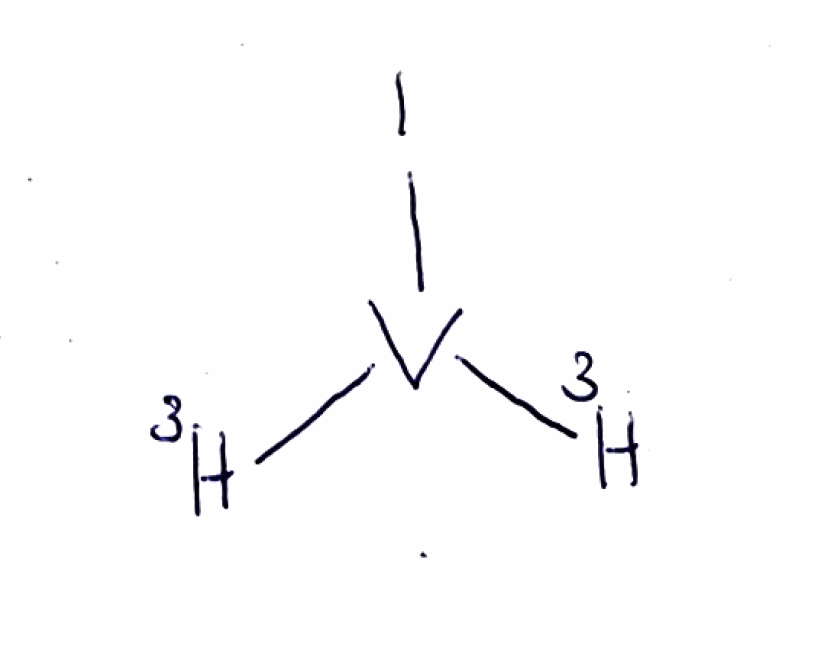
Simplified molecular-input line-entry system (SMILES) notation of the given molecule:
[3H][V]([3H])I